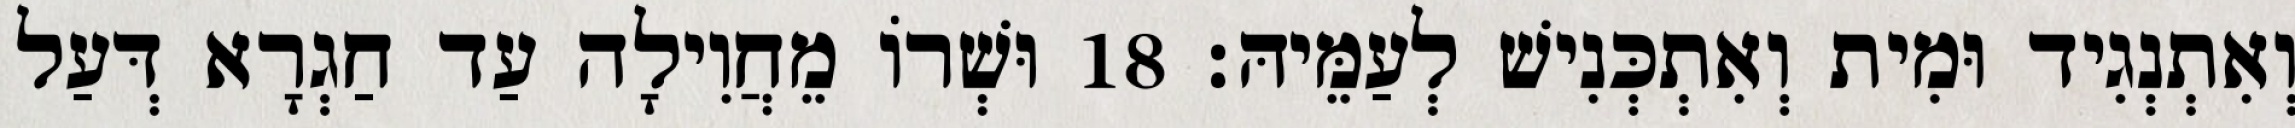
וְאִתְנְגִיד וּמִית וְאִתְכְּנִישׁ לְעַמֵּיהּ׃ 18 וּשְׁרוֹ מֵחֲוִילָה עַד חַגְרָא דְּעַל